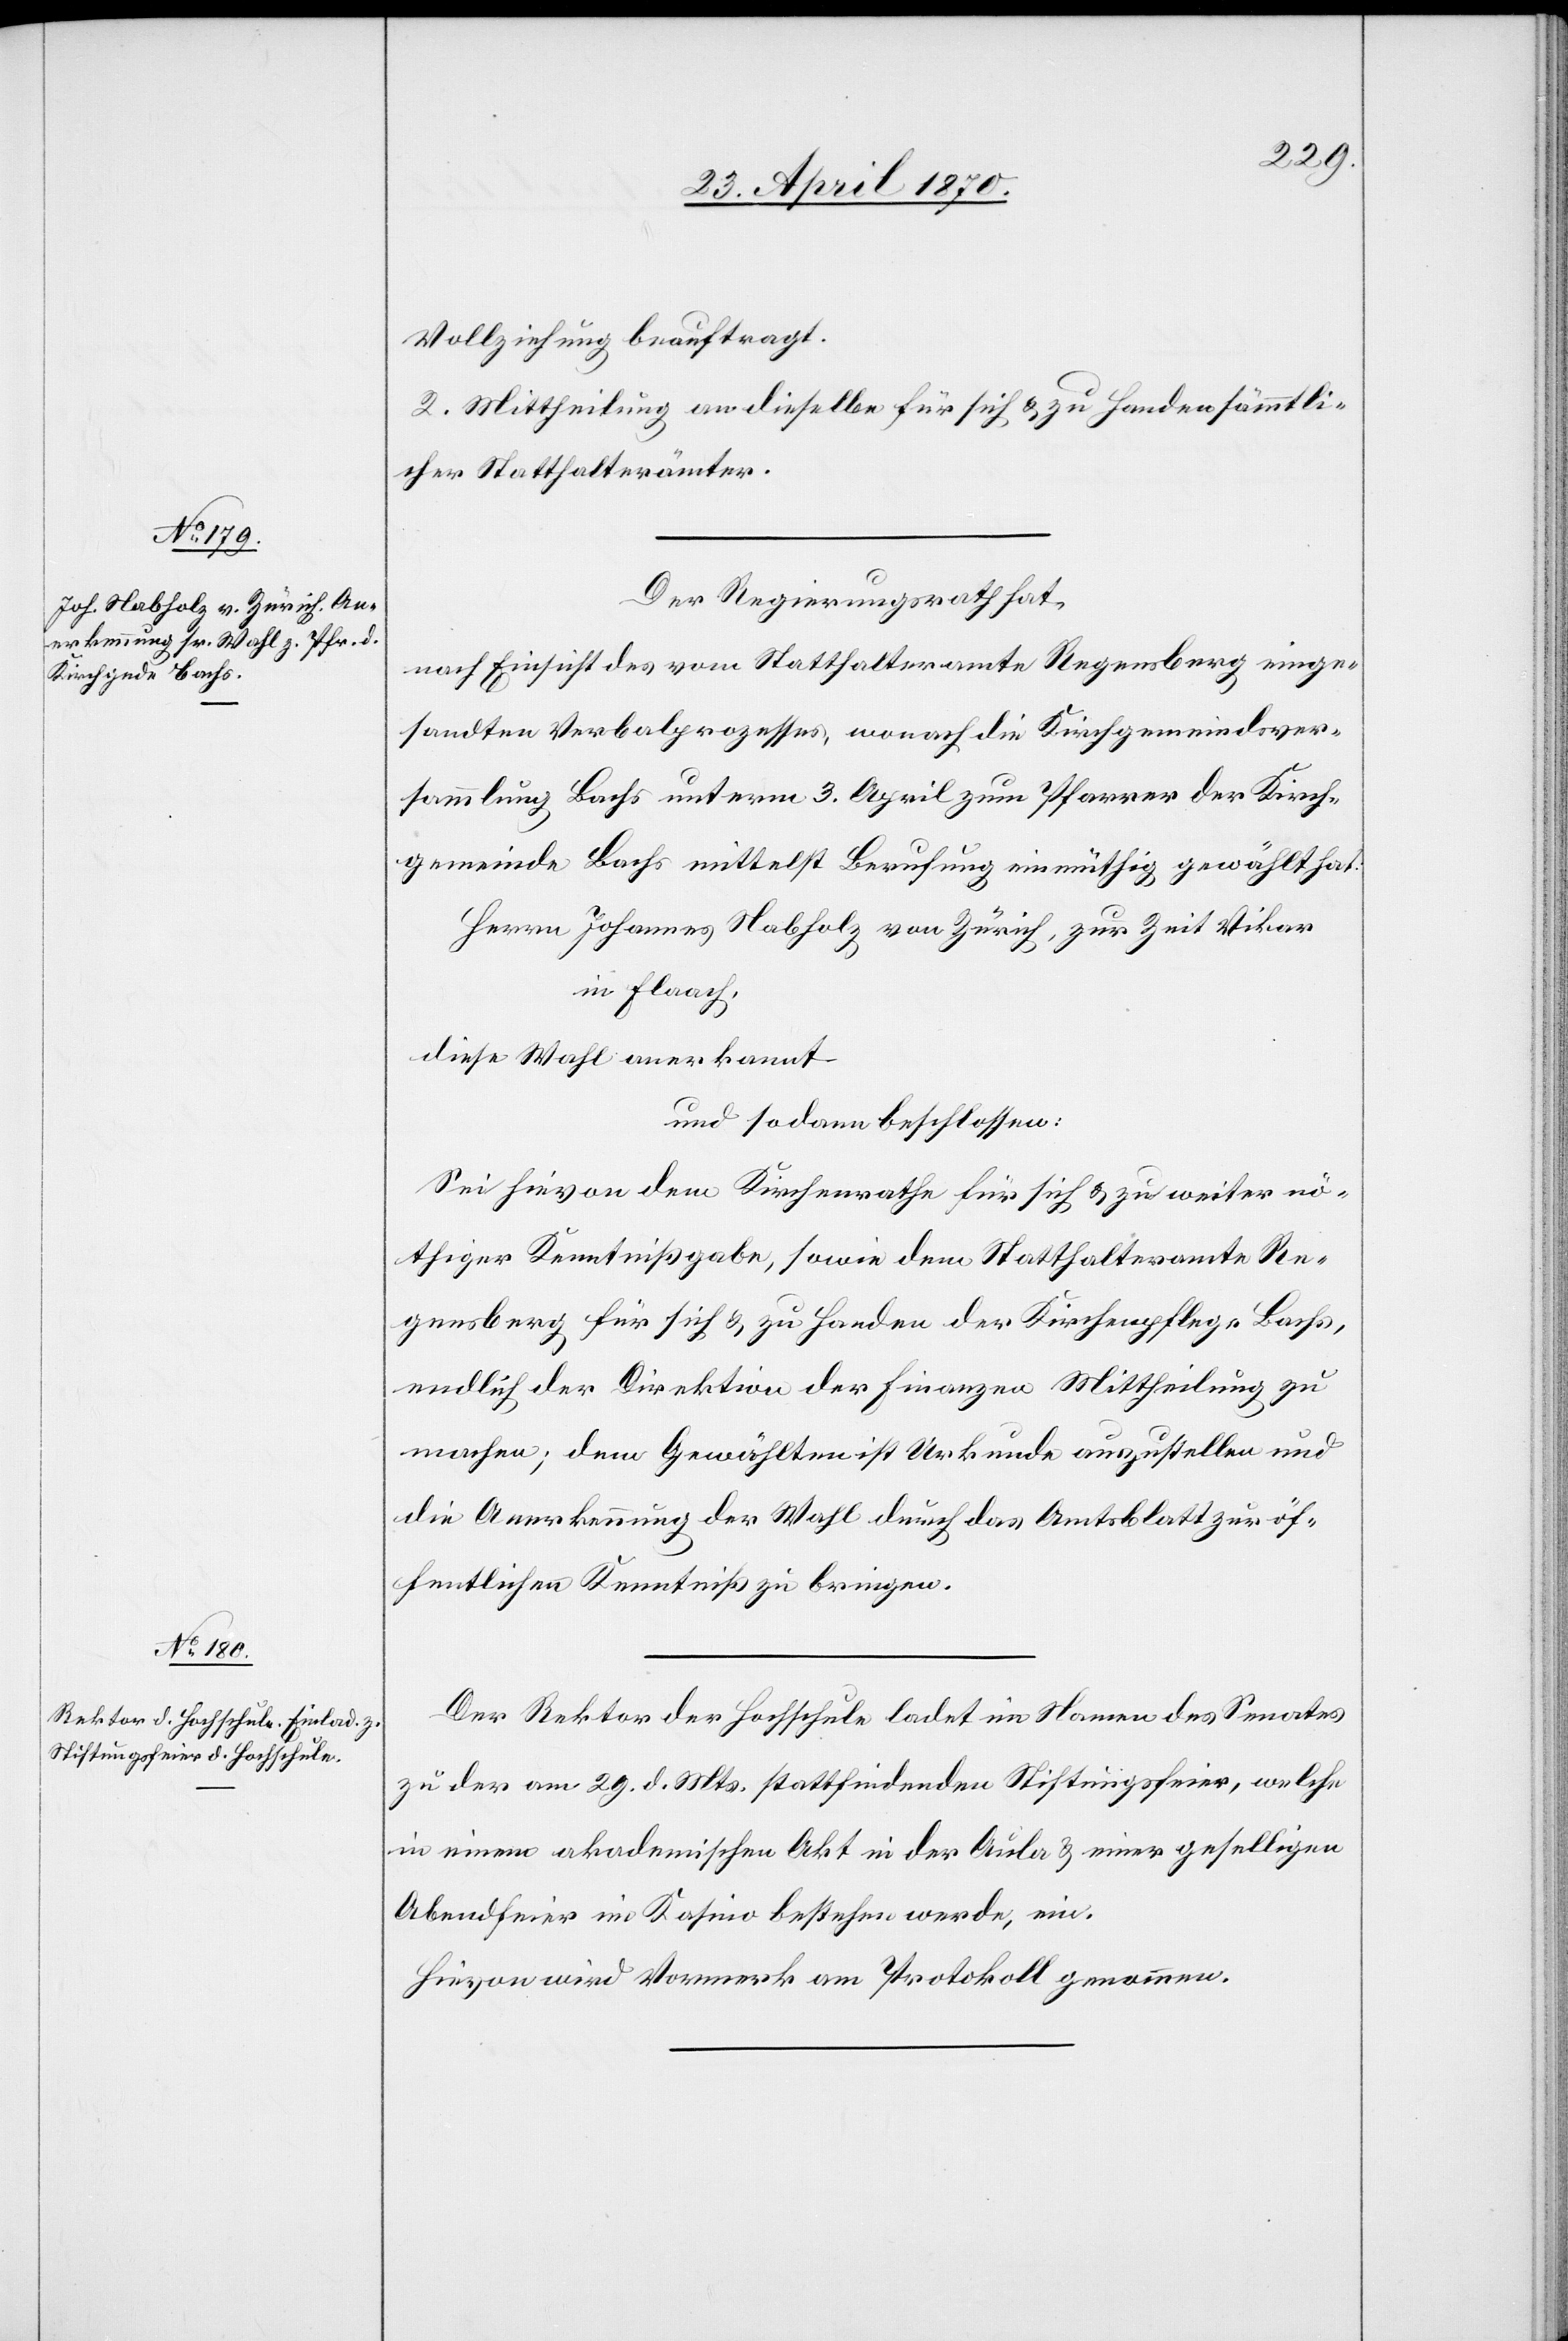
Vollziehung beauftragt.
2. Mittheilung an dieselbe für sich & zu Handen sämmtli¬
cher Statthalterämter.
Der Regierungsrath hat,
nach Einsicht des vom Statthalteramte Regensberg einge¬
sandten Verbalprozesses, wonach die Kirchgemeindsver¬
sammlung Bachs unterm 3. April zum Pfarrer der Kirch¬
gemeinde Bachs mittelst Berufung einmüthig gewählt hat:
Herrn Johannes Nabholz von Zürich, zur Zeit Vikar
in Flaach,
diese Wahl anerkannt
und sodann beschlossen:
Sei hievon dem Kirchenrathe für sich & zu weiter nö¬
thiger Kenntnißgabe, sowie dem Statthalteramte Re¬
gensberg für sich & zu Handen der Kirchenpflege Bachs,
endlich der Direktion der Finanzen Mittheilung zu
machen; dem Gewählten ist Urkunde auszustellen und
die Anerkennung der Wahl durch das Amtsblatt zur öf¬
fentlichen Kenntniß zu bringen.
Der Rektor der Hochschule ladet im Namen des Senates
zu der am 29. d. Mts. stattfindenden Stiftungsfeier, welche
in einem akademischen Akt in der Aula & einer geselligen
Abendfeier im Kasino bestehen werde, ein.
Hievon wird Vormerk am Protokoll genommen.